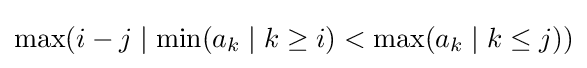
\max(i-j\mid \min(a_{k}\mid k\geq i)<\max(a_{k}\mid k\leq j))